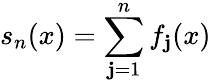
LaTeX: s_{n}(x)=\sum_{\mathbf{j}=1}^{n}f_{\mathbf{j}}(x)